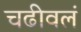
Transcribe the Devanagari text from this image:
चढीवलं